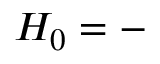
H _ { 0 } = -